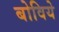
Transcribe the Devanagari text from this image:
बोविये